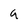
Character: 9